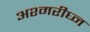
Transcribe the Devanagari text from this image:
अश्मरीघ्न